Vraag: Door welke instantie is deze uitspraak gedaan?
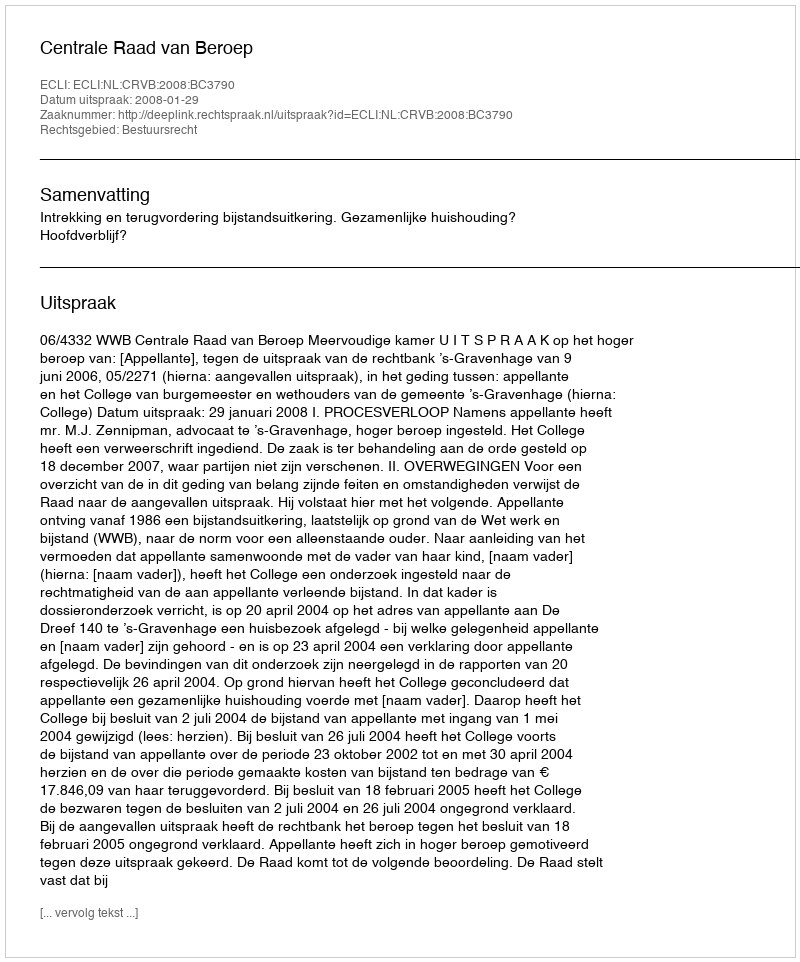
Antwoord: Centrale Raad van Beroep